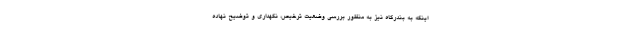
اینکه به بندرگاه نیز به منظور بررسی وضعیت ترخیص، نگهداری و توضیح نهاده